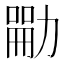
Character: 𪟣